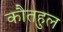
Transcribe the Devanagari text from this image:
कौतहुल